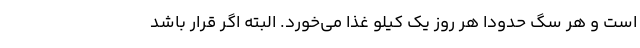
است و هر سگ حدودا هر روز یک کیلو غذا می‌خورد. البته اگر قرار باشد